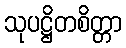
သုပဋ္ဌိတစိတ္တာ